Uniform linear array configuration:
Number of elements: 24
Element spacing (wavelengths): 0.5
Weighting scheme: hann
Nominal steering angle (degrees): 30
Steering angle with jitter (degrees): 28.321
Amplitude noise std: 0.05
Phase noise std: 0.05

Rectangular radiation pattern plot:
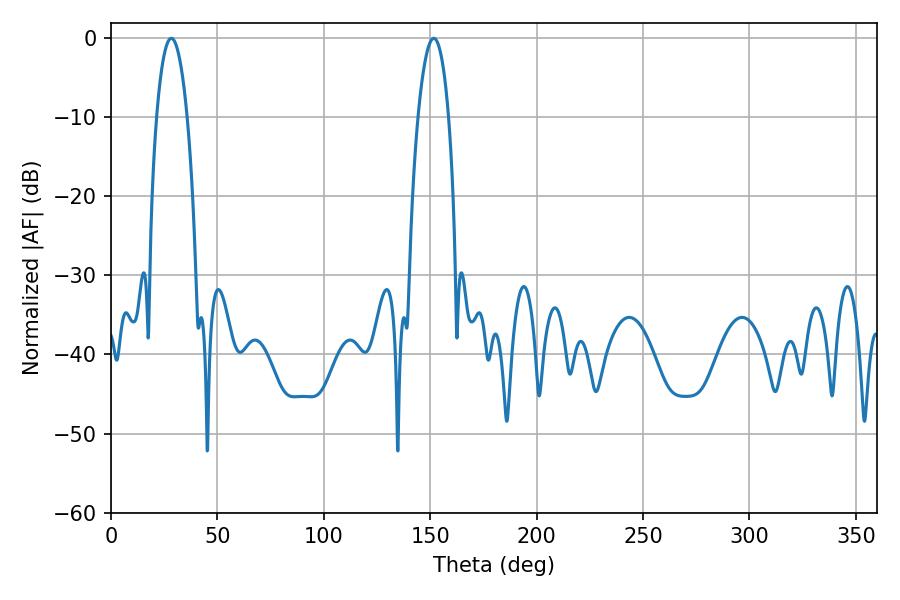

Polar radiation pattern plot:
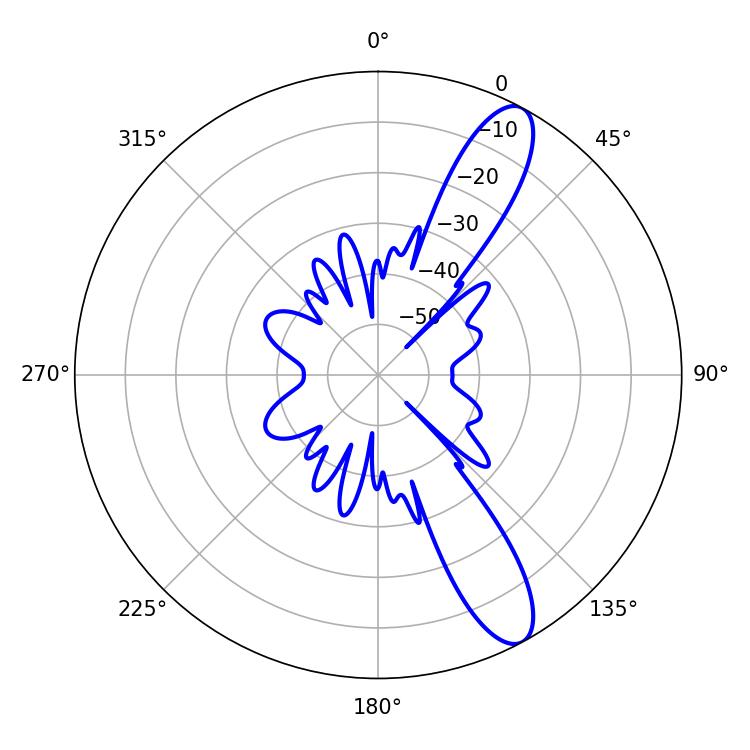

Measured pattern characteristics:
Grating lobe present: FALSE
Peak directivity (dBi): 11.483
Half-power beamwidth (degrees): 7.92
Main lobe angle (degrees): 28.26